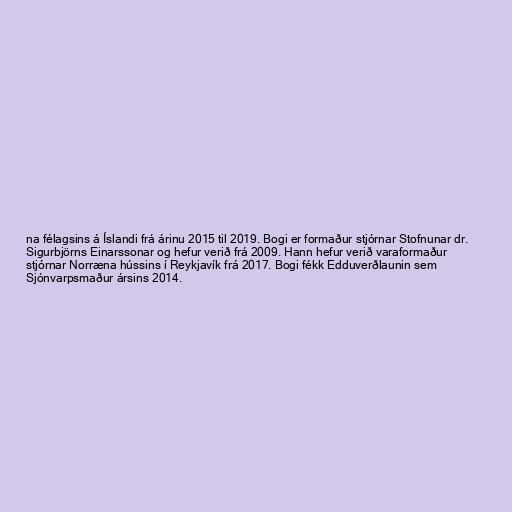
na félagsins á Íslandi frá árinu 2015 til 2019. Bogi er formaður stjórnar Stofnunar dr.
Sigurbjörns Einarssonar og hefur verið frá 2009. Hann hefur verið varaformaður
stjórnar Norræna hússins í Reykjavík frá 2017. Bogi fékk Edduverðlaunin sem
Sjónvarpsmaður ársins 2014.